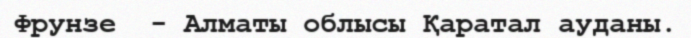
Фрунзе  - Алматы облысы Қаратал ауданы.